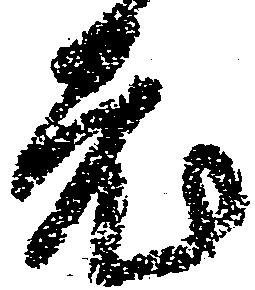
老